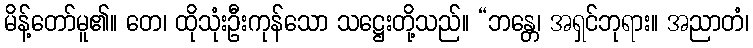
မိန့်တော်မူ၏။ တေ၊ ထိုသုံးဦးကုန်သော သဋ္ဌေးတို့သည်။ “ဘန္တေ၊ အရှင်ဘုရား။ အညာတံ၊